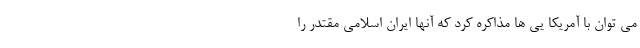
می توان با آمریکا یی ها مذاکره کرد که آنها ایرانِ اسلامیِ مقتدر را